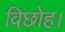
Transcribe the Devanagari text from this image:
विछोह।